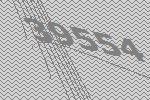
39554